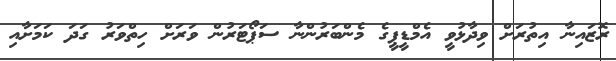
ރޮޒައިނާ އިތުރަށް ވިދާޅުވީ އެމްޑީޕީގެ މެންބަރުންނާ ސަޕޯޓަރުން ވަރަށް ހިތްވަރު ގަދަ ކަމަށާއި